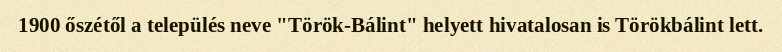
1900 őszétől a település neve "Török-Bálint" helyett hivatalosan is Törökbálint lett.